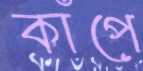
কাঁপে